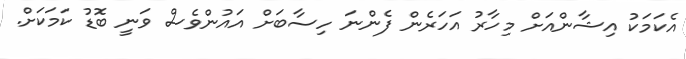
އެކަމަކު އިޝާންއަށް މިހާރު އަހަރެން ފެންނަ ހިސާބަށް އައުންވެސް ވަނީ ބޮޑު ކަމަކަށް.